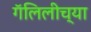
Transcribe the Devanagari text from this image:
गॅलिलीच्या